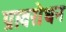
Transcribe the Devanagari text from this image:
प्रावरोधन